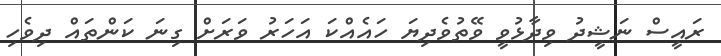
ރައީސް ނަޝީދު ވިދާޅުވީ ވޭތުވެދިޔަ ހައެއްކަ އަހަރު ވަރަށް ގިނަ ކަންތައް ދިވެހި